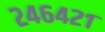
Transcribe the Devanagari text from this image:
२४६४२१